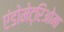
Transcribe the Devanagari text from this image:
एंडोमेट्रिओमा